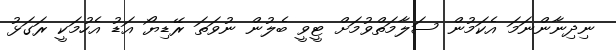
ނިދިނާންނަމަ އެކަމުން ސަލާމަތްވުމަށް ޓީވީ ބެލުން ނުވަތަ ރޭޑިޔޯ އަޑު އެހުމަކީ ރަގަޅު